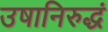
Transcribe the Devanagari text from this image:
उषानिरुद्धं